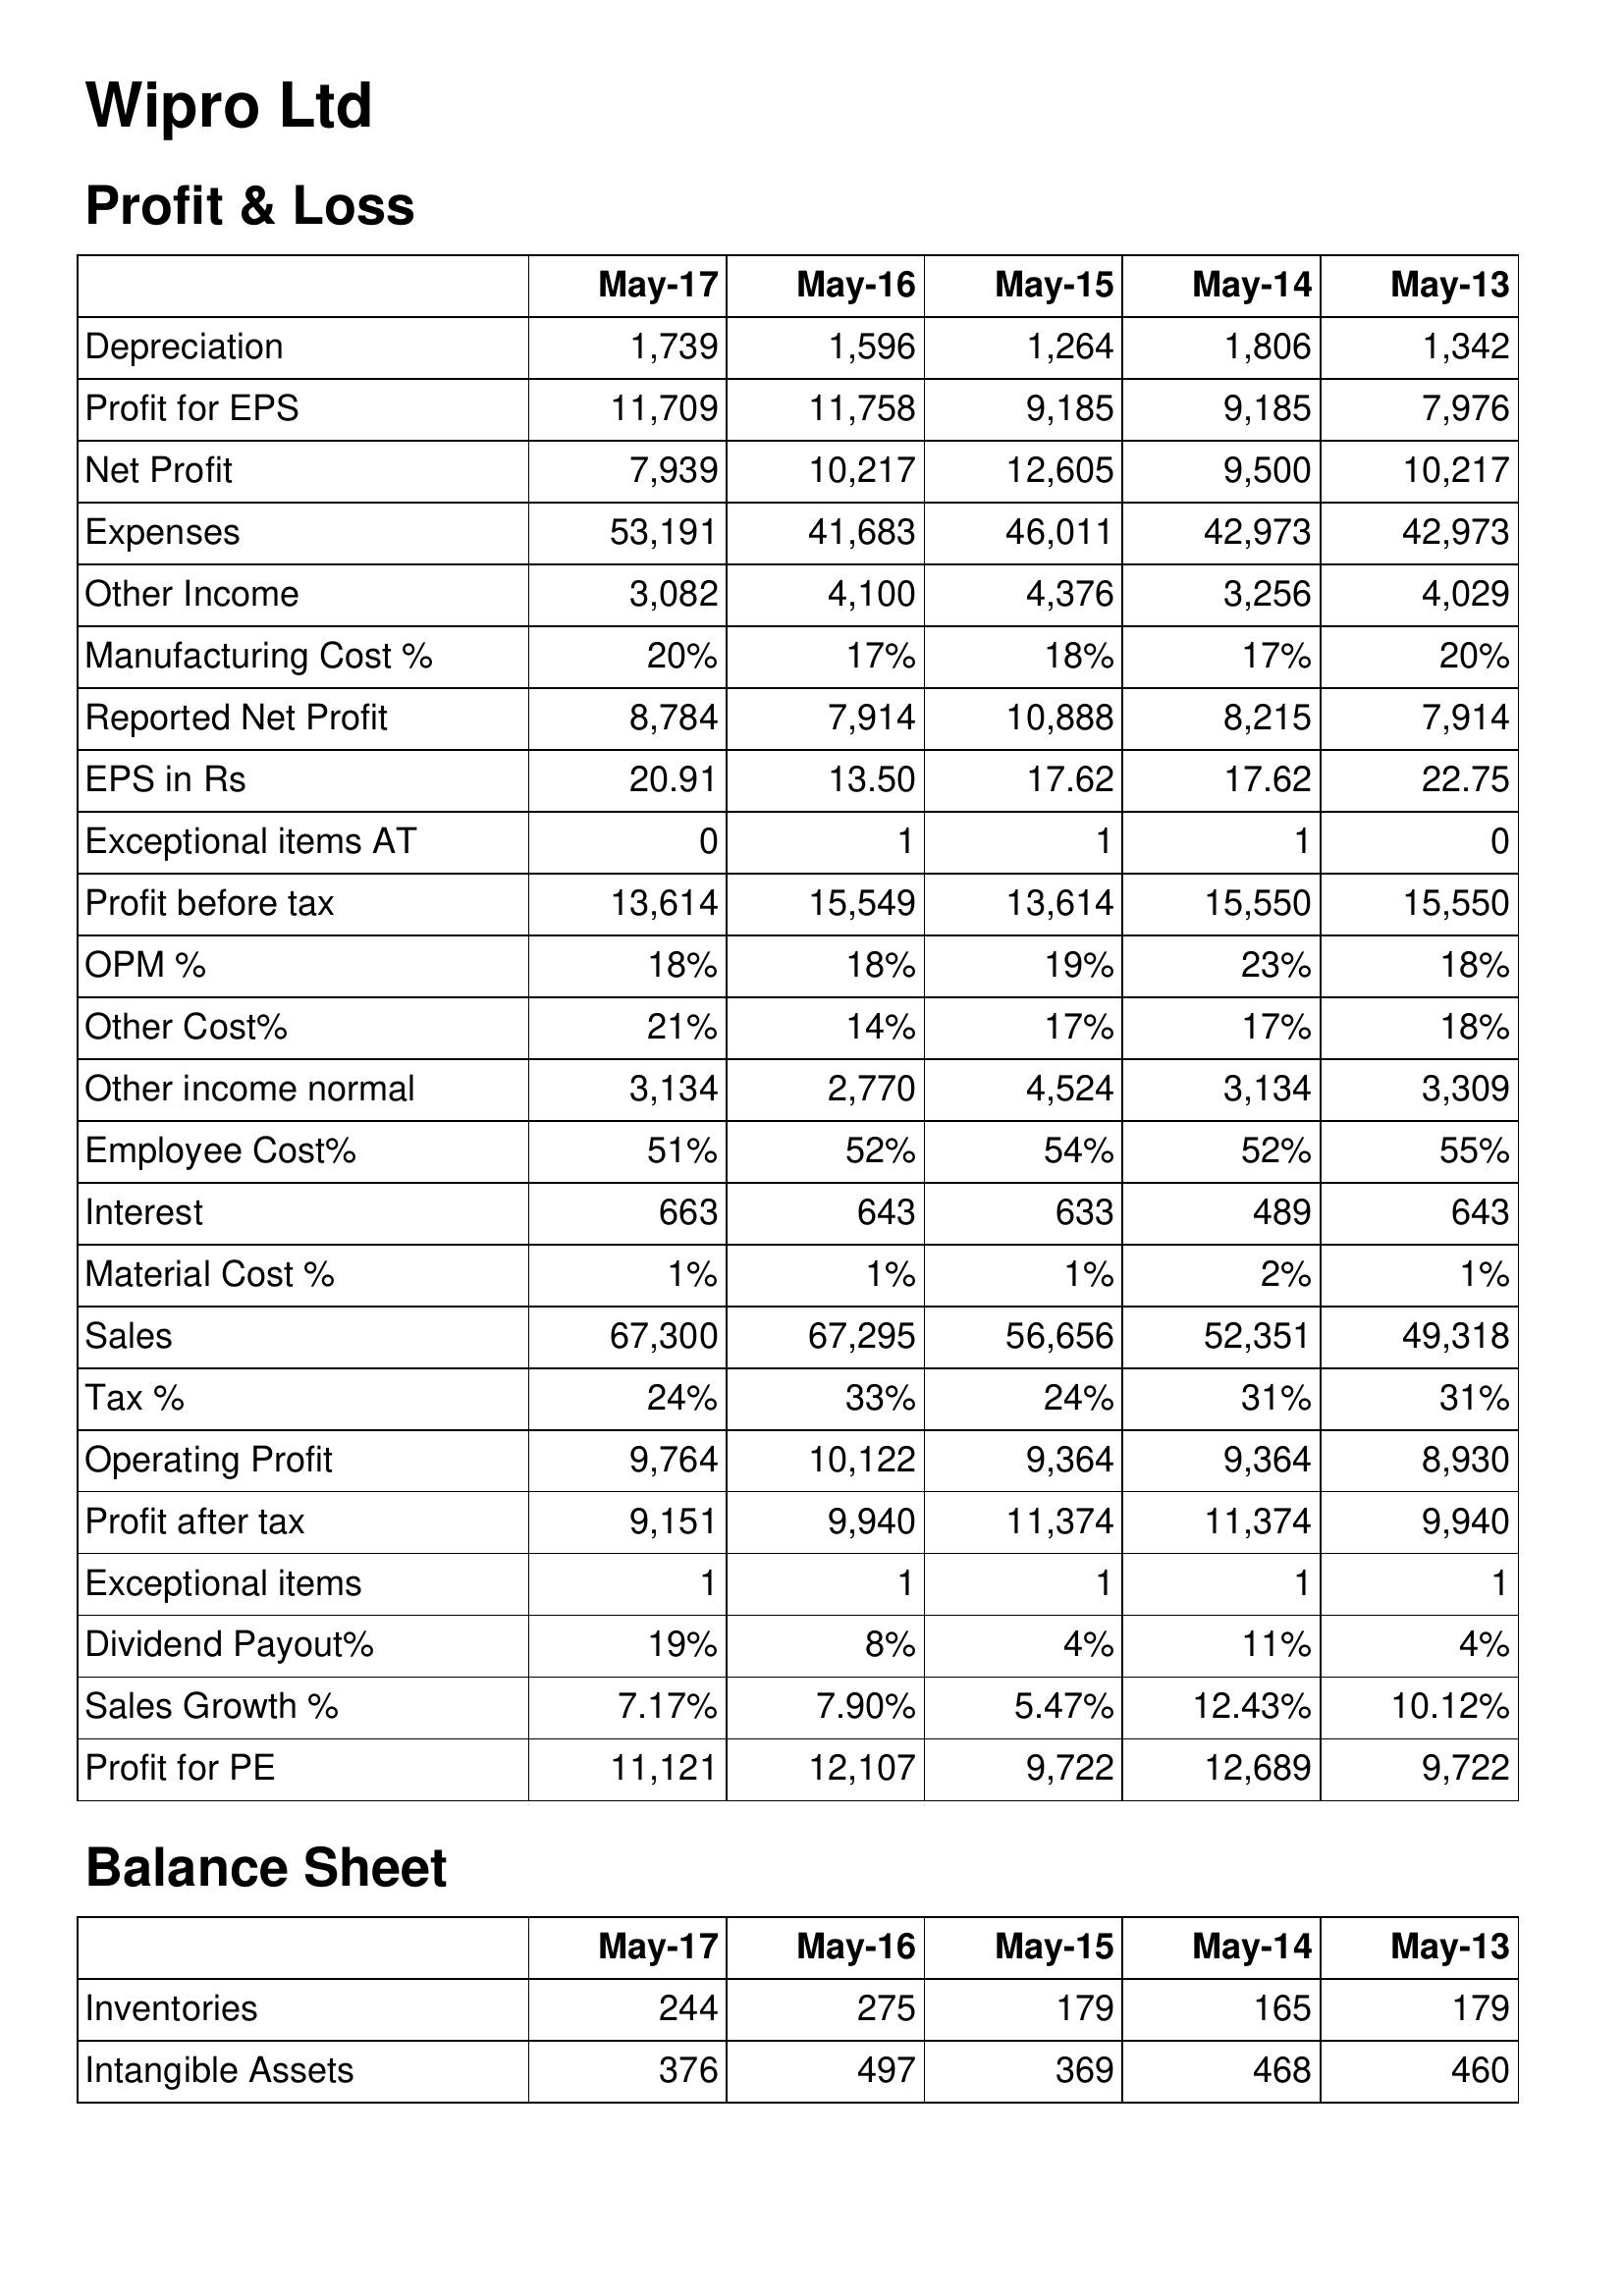
May-17: Profit & Loss: Depreciation: 1,739
Profit for EPS: 11,709
Net Profit: 7,939
Expenses: 53,191
Other Income: 3,082
Manufacturing Cost %: 20%
Reported Net Profit: 8,784
EPS in Rs: 20.91
Exceptional items AT: 0
Profit before tax: 13,614
OPM %: 18%
Other Cost%: 21%
Other income normal: 3,134
Employee Cost%: 51%
Interest: 663
Material Cost %: 1%
Sales: 67,300
Tax %: 24%
Operating Profit: 9,764
Profit after tax: 9,151
Exceptional items: 1
Dividend Payout%: 19%
Sales Growth %: 7.17%
Profit for PE: 11,121
Balance Sheet: Inventories: 244
Intangible Assets: 376
May-16: Profit & Loss: Depreciation: 1,596
Profit for EPS: 11,758
Net Profit: 10,217
Expenses: 41,683
Other Income: 4,100
Manufacturing Cost %: 17%
Reported Net Profit: 7,914
EPS in Rs: 13.50
Exceptional items AT: 1
Profit before tax: 15,549
OPM %: 18%
Other Cost%: 14%
Other income normal: 2,770
Employee Cost%: 52%
Interest: 643
Material Cost %: 1%
Sales: 67,295
Tax %: 33%
Operating Profit: 10,122
Profit after tax: 9,940
Exceptional items: 1
Dividend Payout%: 8%
Sales Growth %: 7.90%
Profit for PE: 12,107
Balance Sheet: Inventories: 275
Intangible Assets: 497
May-15: Profit & Loss: Depreciation: 1,264
Profit for EPS: 9,185
Net Profit: 12,605
Expenses: 46,011
Other Income: 4,376
Manufacturing Cost %: 18%
Reported Net Profit: 10,888
EPS in Rs: 17.62
Exceptional items AT: 1
Profit before tax: 13,614
OPM %: 19%
Other Cost%: 17%
Other income normal: 4,524
Employee Cost%: 54%
Interest: 633
Material Cost %: 1%
Sales: 56,656
Tax %: 24%
Operating Profit: 9,364
Profit after tax: 11,374
Exceptional items: 1
Dividend Payout%: 4%
Sales Growth %: 5.47%
Profit for PE: 9,722
Balance Sheet: Inventories: 179
Intangible Assets: 369
May-14: Profit & Loss: Depreciation: 1,806
Profit for EPS: 9,185
Net Profit: 9,500
Expenses: 42,973
Other Income: 3,256
Manufacturing Cost %: 17%
Reported Net Profit: 8,215
EPS in Rs: 17.62
Exceptional items AT: 1
Profit before tax: 15,550
OPM %: 23%
Other Cost%: 17%
Other income normal: 3,134
Employee Cost%: 52%
Interest: 489
Material Cost %: 2%
Sales: 52,351
Tax %: 31%
Operating Profit: 9,364
Profit after tax: 11,374
Exceptional items: 1
Dividend Payout%: 11%
Sales Growth %: 12.43%
Profit for PE: 12,689
Balance Sheet: Inventories: 165
Intangible Assets: 468
May-13: Profit & Loss: Depreciation: 1,342
Profit for EPS: 7,976
Net Profit: 10,217
Expenses: 42,973
Other Income: 4,029
Manufacturing Cost %: 20%
Reported Net Profit: 7,914
EPS in Rs: 22.75
Exceptional items AT: 0
Profit before tax: 15,550
OPM %: 18%
Other Cost%: 18%
Other income normal: 3,309
Employee Cost%: 55%
Interest: 643
Material Cost %: 1%
Sales: 49,318
Tax %: 31%
Operating Profit: 8,930
Profit after tax: 9,940
Exceptional items: 1
Dividend Payout%: 4%
Sales Growth %: 10.12%
Profit for PE: 9,722
Balance Sheet: Inventories: 179
Intangible Assets: 460